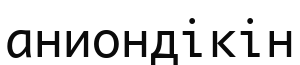
аниондікін